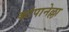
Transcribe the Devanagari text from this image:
कांपानेल्ला